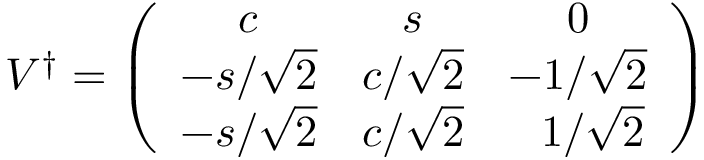
V ^ { \dagger } = \left( \begin{array} { c c c } { { c } } & { { s } } & { { 0 } } \\ { { - s / \sqrt { 2 } } } & { { c / \sqrt { 2 } } } & { { - 1 / \sqrt { 2 } } } \\ { { - s / \sqrt { 2 } } } & { { c / \sqrt { 2 } } } & { { ~ ~ 1 / \sqrt { 2 } } } \end{array} \right)